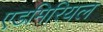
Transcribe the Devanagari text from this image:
एडमिरियल